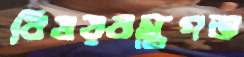
বিষয়বস্তুগত